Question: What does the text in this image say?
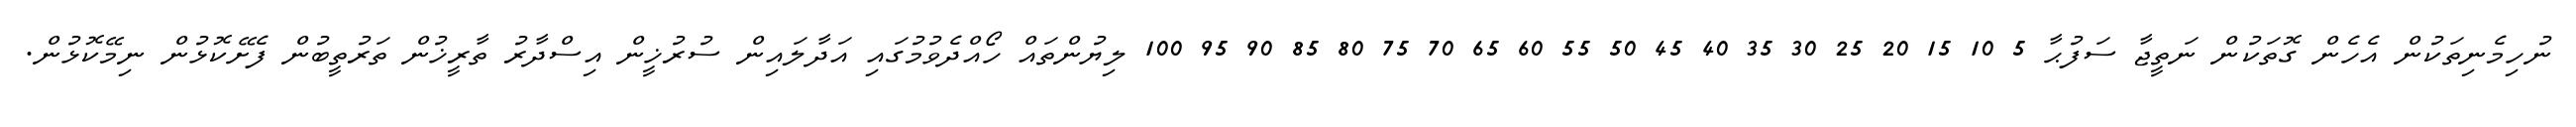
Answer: ނުހިމެނިތަކުން އެހެން ގޮތަކުން ނަތީޖާ ސަފުޙާ 5 10 15 20 25 30 35 40 45 50 55 60 65 70 75 80 85 90 95 100 ލިޔުންތައް ހޯއްދެވުމުގައި އަދާލައިން ސުރުޚީން އިސްދާރު ތާރީޚުން ތަރުތީބުން ފެށޭކޮޅުން ނިމޭކޮޅުން.